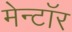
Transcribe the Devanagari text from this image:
मेन्टॉर